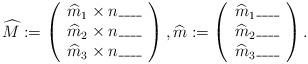
LaTeX: \begin{align*}\widehat{M}:= \left( \begin{array}{c} \widehat{m}_1\times n\_\_\_\_ \\ \widehat{m}_2\times n\_\_\_\_\\ \widehat{m}_3\times n\_\_\_\_ \\ \end{array} \right), \widehat{m}:= \left( \begin{array}{c} \widehat{m}_1 \_\_\_\_\\ \widehat{m}_2\_\_\_\_\\ \widehat{m}_3 \_\_\_\_\\ \end{array} \right).\end{align*}